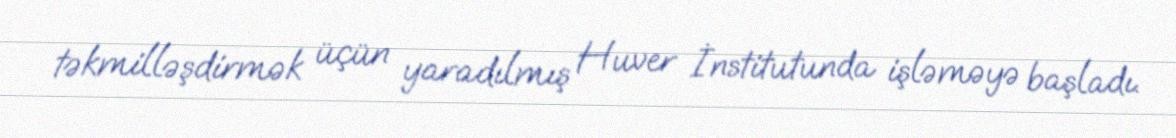
təkmilləşdirmək üçün yaradılmış Huver İnstitutunda işləməyə başladı.